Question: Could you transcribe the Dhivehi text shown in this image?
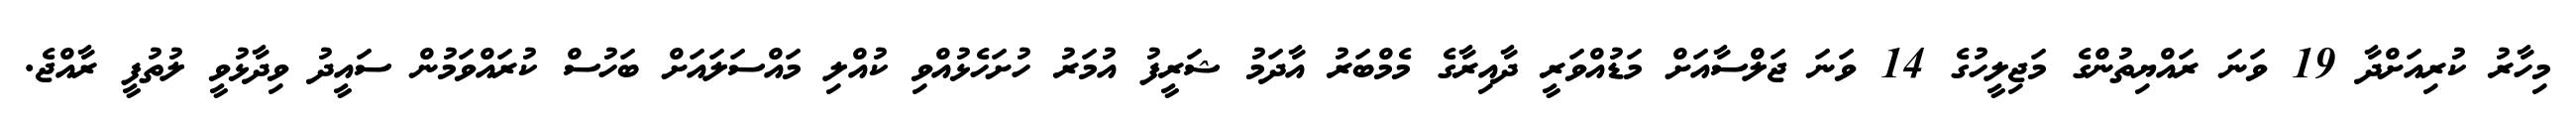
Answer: މިހާރު ކުރިއަށްދާ 19 ވަނަ ރައްޔިތުންގެ މަޖިލީހުގެ 14 ވަނަ ޖަލްސާއަށް މަޑުއްވަރީ ދާއިރާގެ މެމްބަރު އާދަމު ޝަރީފު އުމަރު ހުށަހެޅުއްވި ކުއްލި މައްސަލައަށް ބަހުސް ކުރައްވަމުން ސައީދު ވިދާޅުވީ ލުތުފީ ރާއްޖެ.